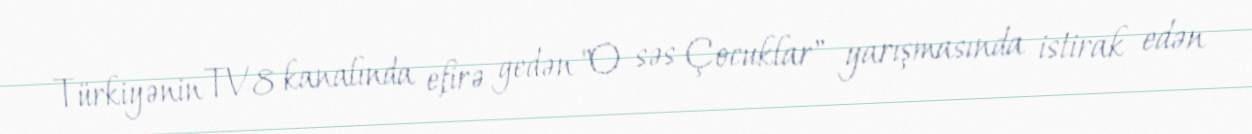
Türkiyənin TV8 kanalında efirə gedən "O səs Çocuklar" yarışmasında istirak edən